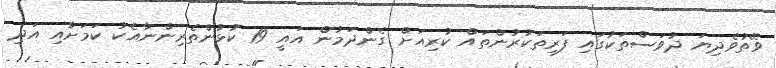
ވޭތުވެދިޔަ ދުވަސްތަކުގައި ފަރިތަކުރުންތައް ކުރިއަށް ގެންދަމުން އައީ 19 ކުޅުންތެރިންނާއެކު ކަމަށާއި އަދި